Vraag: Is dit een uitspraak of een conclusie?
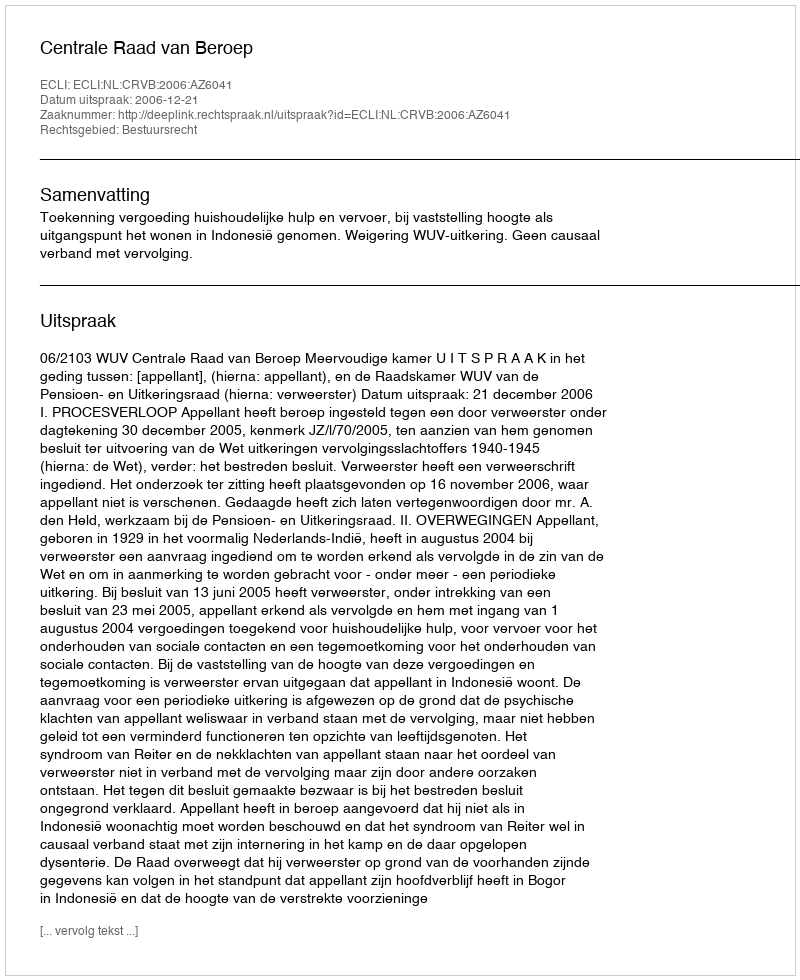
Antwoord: Uitspraak